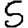
Digit: 5